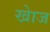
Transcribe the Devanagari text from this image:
खाेज